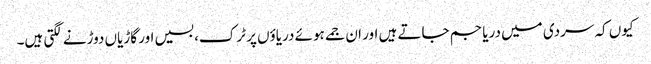
کیوں کہ سردی میں دریا جم جاتے ہیں اور ان جمے ہوئے دریاؤں پر ٹرک، بسیں اور گاڑیاں دوڑنے لگتی ہیں۔